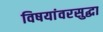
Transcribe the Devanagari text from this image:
विषयांवरसुद्धा